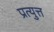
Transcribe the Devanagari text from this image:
प्रत्युत्त